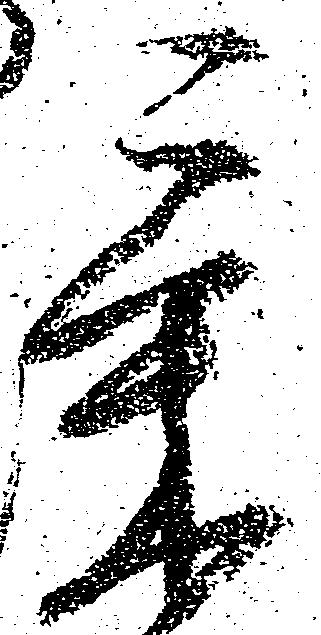
気